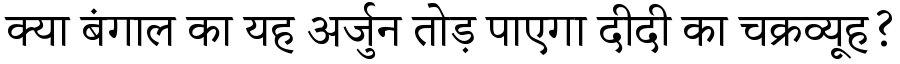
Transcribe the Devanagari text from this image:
क्या बंगाल का यह अर्जुन तोड़ पाएगा दीदी का चक्रव्यूह?